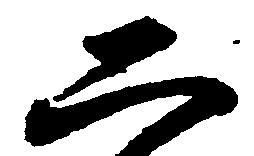
二